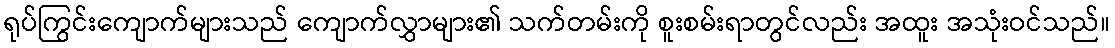
ရုပ်ကြွင်းကျောက်များသည် ကျောက်လွှာများ၏ သက်တမ်းကို စူးစမ်းရာတွင်လည်း အထူး အသုံးဝင်သည်။